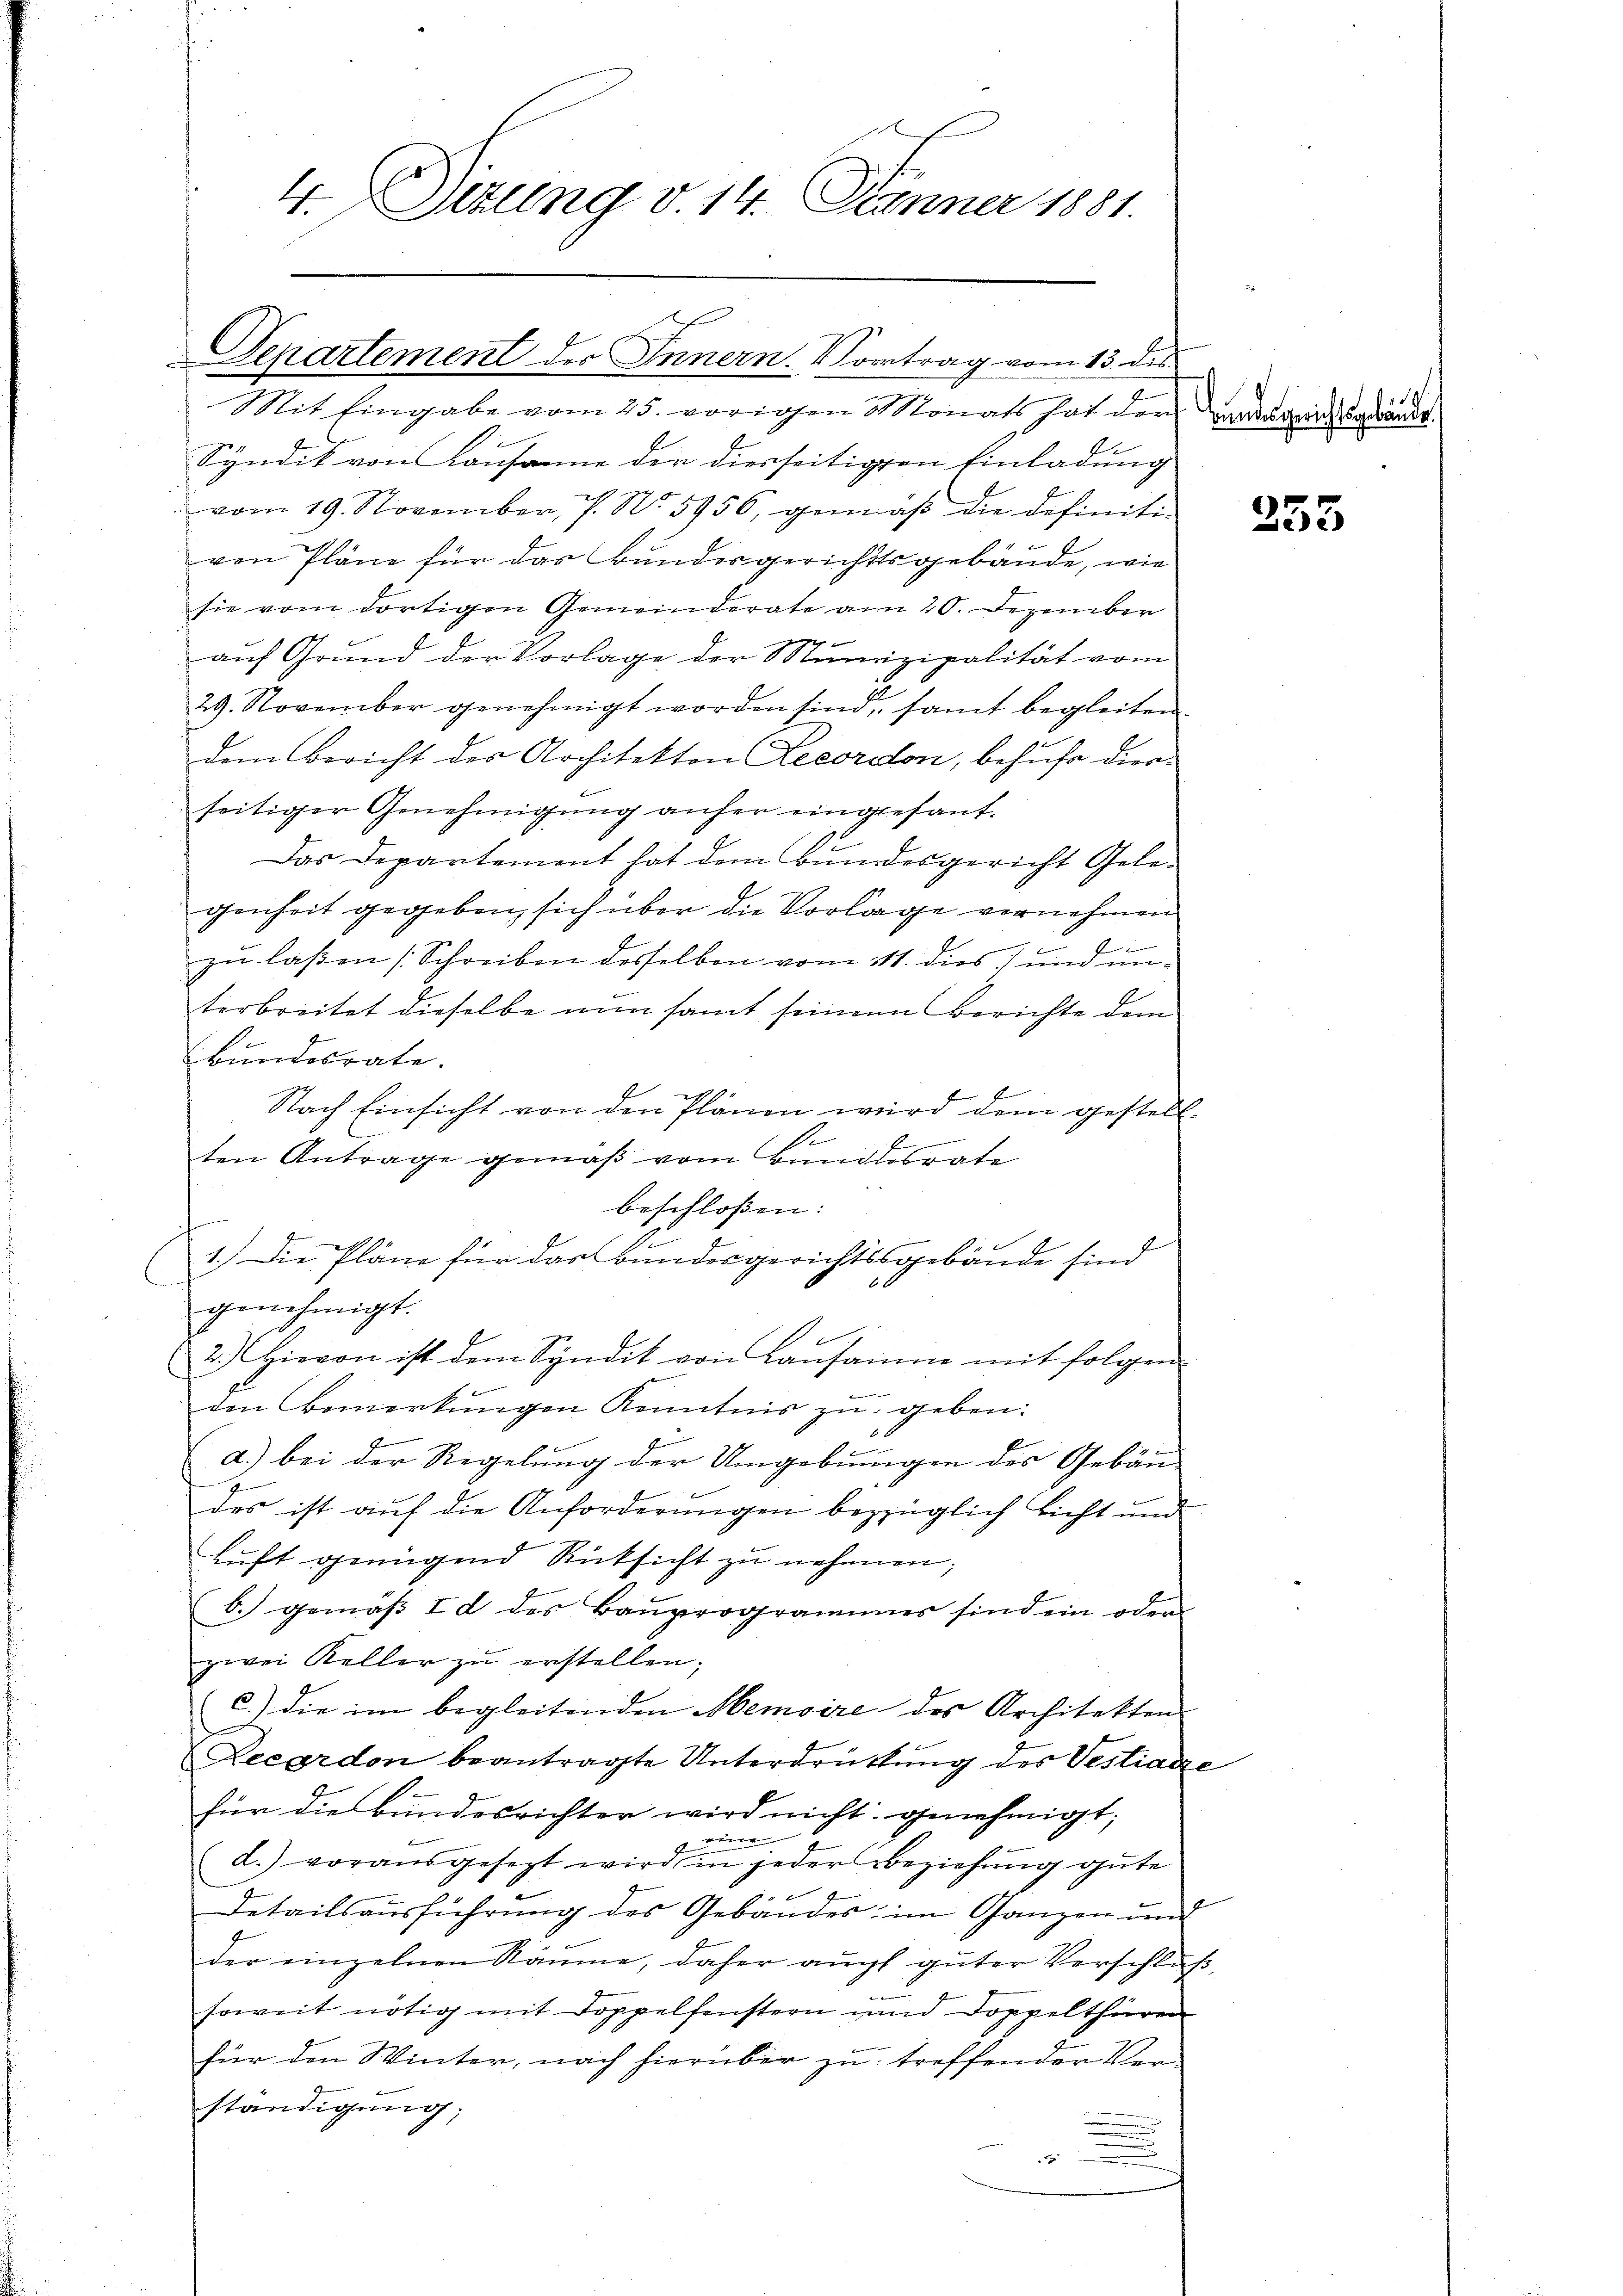
4. Titung v. 14. Jänner 1881.

Departement der Innern. Vortrag vom 13. des

Mit Eingabe vom 25. vorigen Monats hat der darausreitsgrundt
Syndik von Lausanne der diesseitigten Einladung
vom 19. November, 7. No. 5956, gemäß die definiti-
von Pläne für das Bundesgerichtsgebäude, wie
sie vom dortigen Gemeinderate am 20. Dezember
auf Grund der Vorlage der Munizipalität vom
29. November genehmigt worden sind, samt begleiten
dem Bericht des Architekton Zecordon, behufe diese
seitiger Genehmigŭng anher eingesant.
Das Departement hat dem Bundesgericht Gelegenheit gegeben sich über die Vorlage vernehmen
zu lassen [Schreiben desselben vom 11. dies und unterbreitet dieselbe non samt seinem Berichte dem
Bundesrate.
¬
Nach Einsicht von den Plänen wird dem gestell-
1
ngemeinen
E
ten Antrage gemäß vom Bundesrate
beschlossen:
1.) Die Pläne für das Bundesgerichtssgebäude sind
6 x
genehmigt.
2.) Hievon ist dem Syndik von Lausamme mit folgen
den Bemerkŭngen Kenntnis zŭ geben:
a.) bei der Regelung der Umgebungen des Gebäudes ist auf die Anforderungen bezüglich nicht und
e
luft genügend Rüksicht zŭ nehmen;
b. gemäss I d des Bauprogrammes sind ein oder
zwei Keller zŭ erstellen;
c.) die im begleitenden Memoire des Architekten
Lecardon beantragte Unterdrüttung des Vestiarze
für die Bundesrichter wird nicht genehmigt;
 einen
d.) vorausgesezt wird in jeder Beziehŭng gute
7
Detailsausführung des Gebäudes im Ganzen und
der einzelnen Räume, daher aucht guter Verschluß,
soweit nötig mit Doppelfenstern und Doppelthüren
für den Winter, nach hierüber zu treffender Verständigung;

255